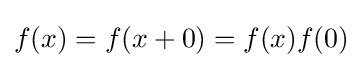
f(x)=f(x+0)=f(x)f(0)